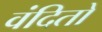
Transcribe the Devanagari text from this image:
वंदितो